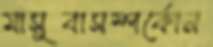
মাসুবাসম্পর্কোন